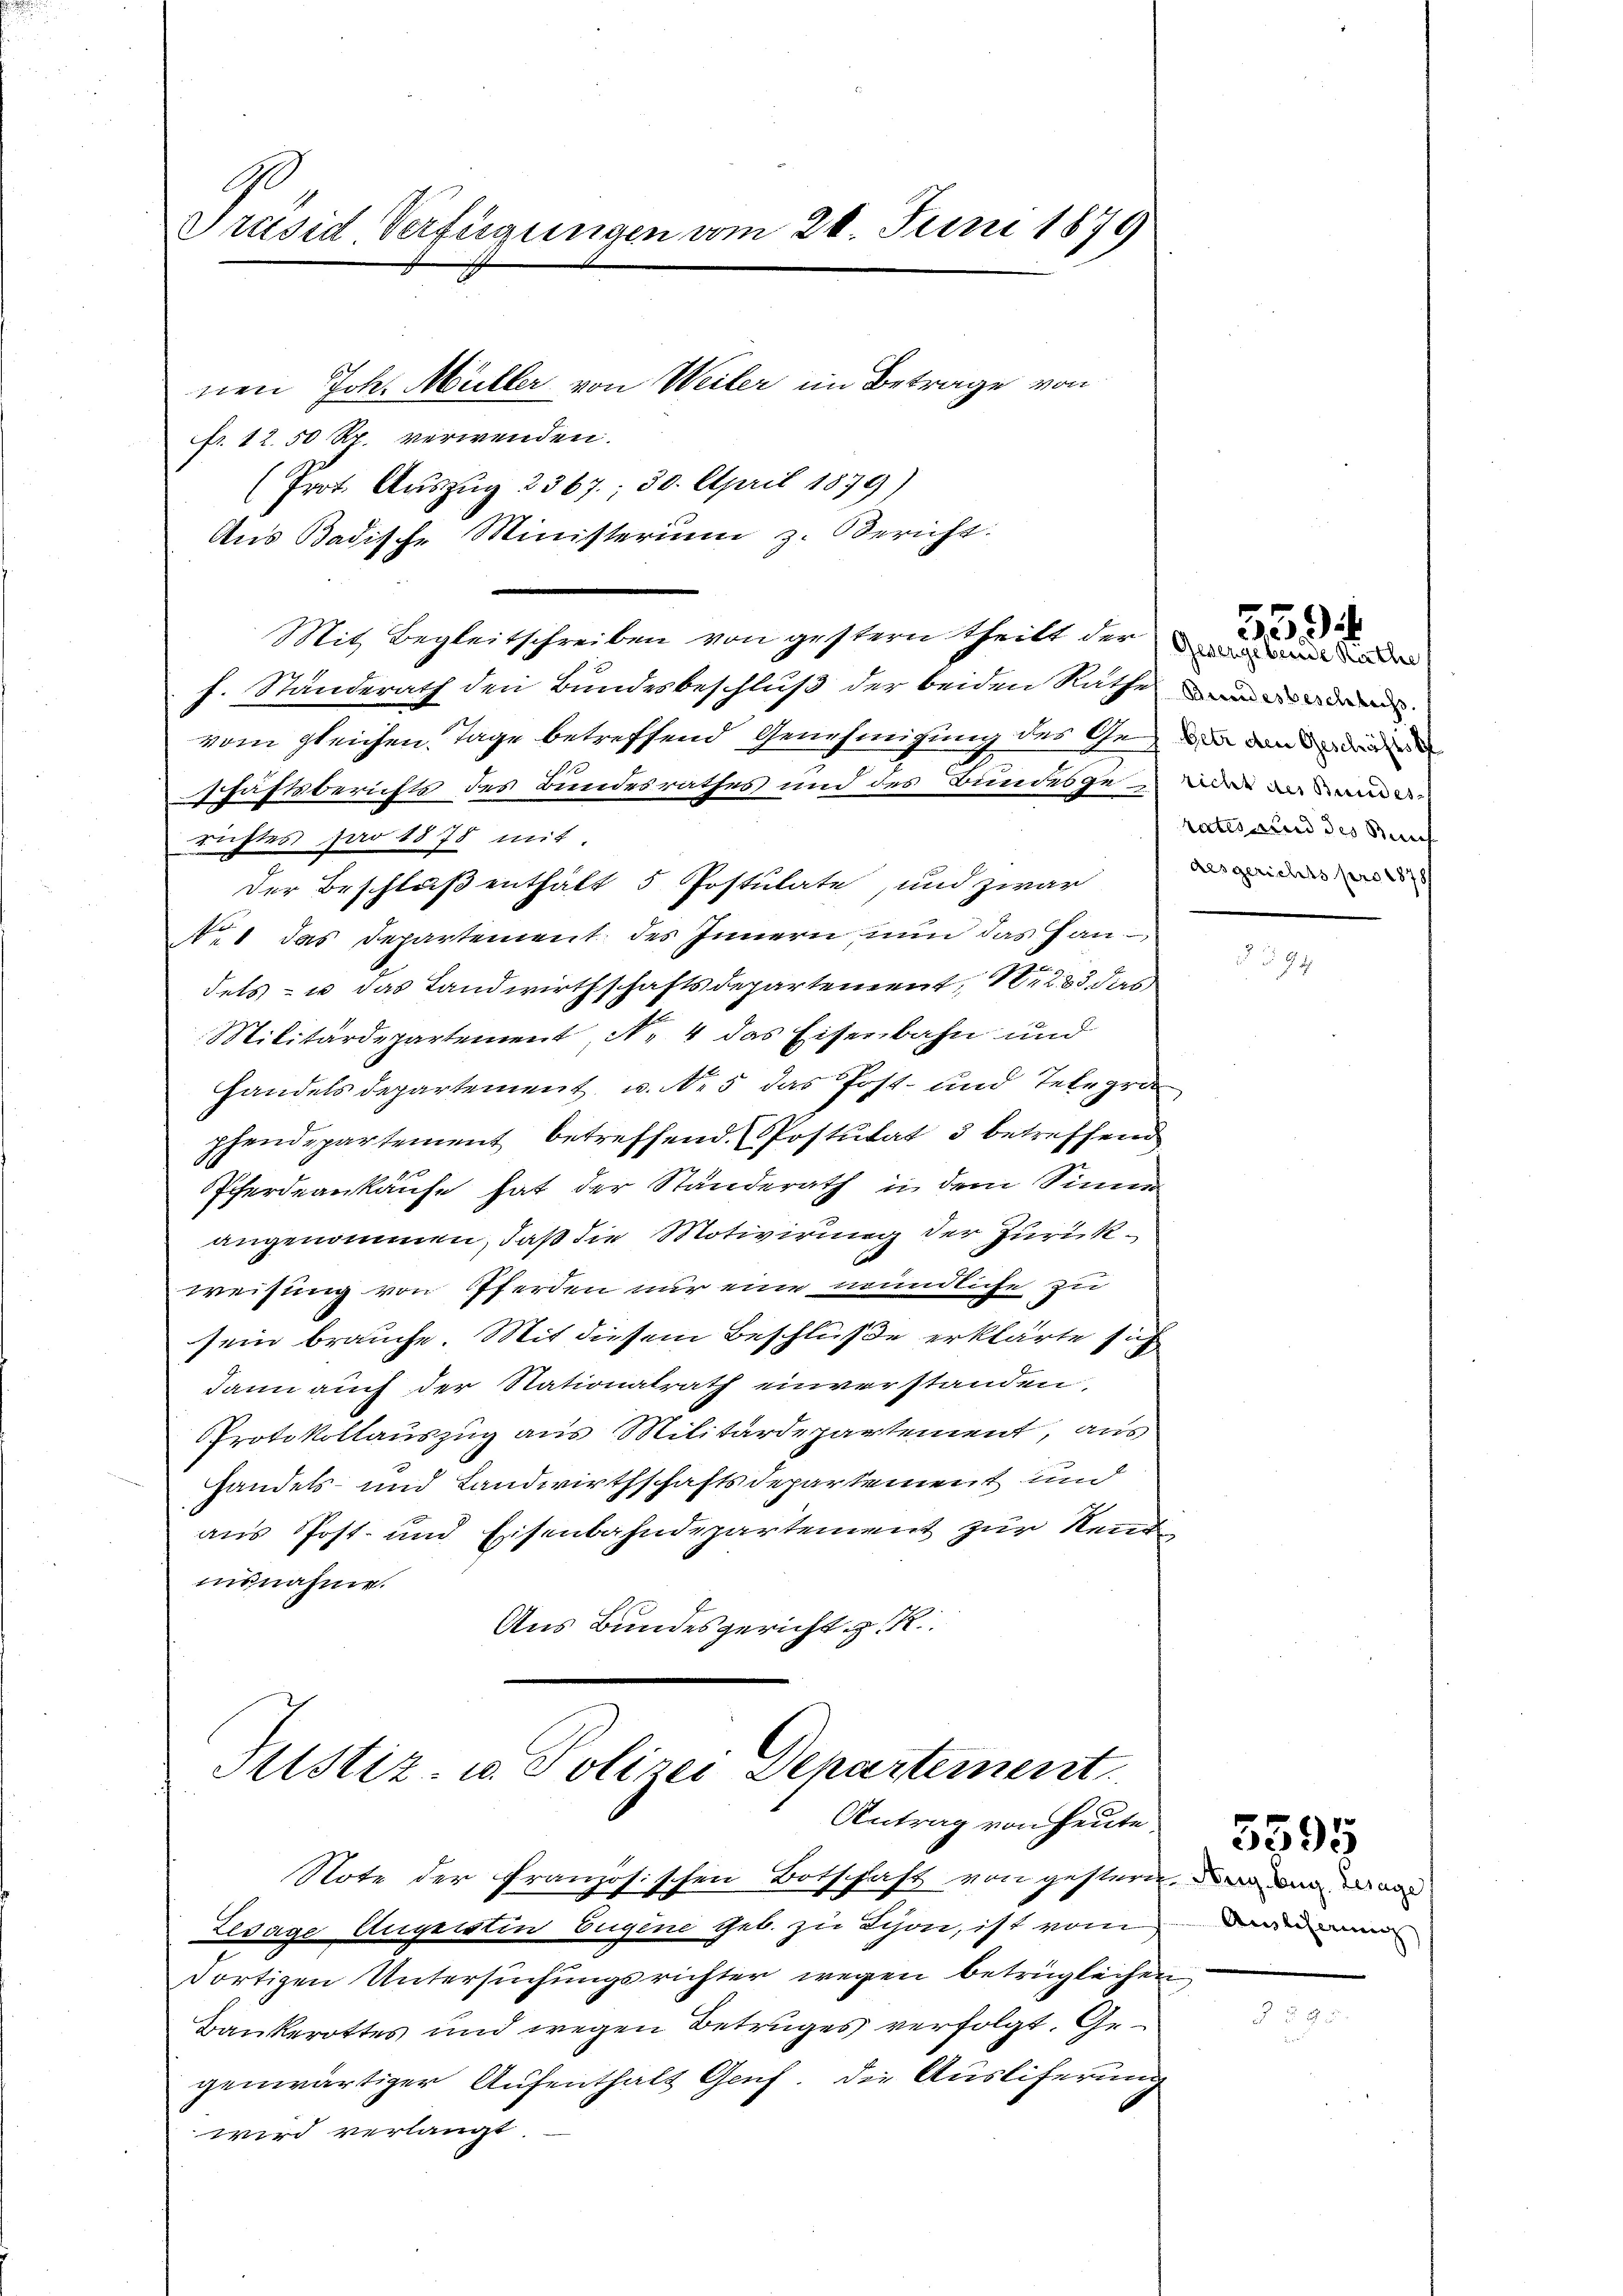
G.
Präsid Verfügungen vom 24. Juni 1879
nen Joh. Müller von Weiter im Betrage von
fr. 12.50 Rp. verwenden.
(Prot. Auszug 2367; 30. April 1879)
Aus Badische Ministerium z. Bericht.

Mit Begleitschreiben von gestern Theilt der aus ander
f. Standerath den Bundesbeschluß der beiden Rathes anden
vom gleichen. Tage betreffend Genehmigung des Geden den de
schäftsberichts des Bundesrathes und des Bundesgede
richtes par 1878 mit.
Der Beschluß enthält 5 Postulate, und zwar
e1 das Departement des Innern nun das Handels- u das Landwirthschaftsdepartement Nr. 283, das
Militärdepartement N. 4 das Eisenbahn und
handels departement u. N. 5 das Post- und Telegra
phendepartement betreffend. Postulat 3 betreffend
Pferdeankäufe hat der Standerath in dem Sinner
angenommen, daß die Motivirung der Zurückweisung von Pferden nur eine mündliche zu
sein brauche. Mit diesem Beschluße erklärte sich
dann auch der Nationalrath einverstanden,
Protokollauszug aus Militärdepartement, aus
Handels- und Landwirthschaftsdepartement und
aus Post- und Eisenbahndepartement zur Neud
ausnahme.
Aus Bundesgericht z. R.

Justiz- u. Polizei Departement
Antrag von heute.
Note der Französischen Botschaft von gestern, an da
Zesage Augeistin Eugene geb. zu Schon, ist vom

dortigen Untersuchungsrichter wegen betrüglichen
Bankerottes und wegen Betruges verfolgt. Gegenwärtiger Aufenthalt Genf. Die Ausliferung
wird verlangt.

rates und des Kirch
desgerichts pro 1878/

539

Aulcherung

5595